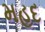
મહદ